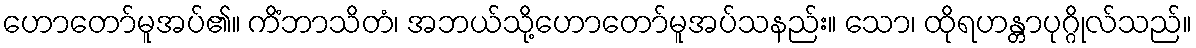
ဟောတော်မူအပ်၏။ ကိံဘာသိတံ၊ အဘယ်သို့ဟောတော်မူအပ်သနည်း။ သော၊ ထိုရဟန္တာပုဂ္ဂိုလ်သည်။